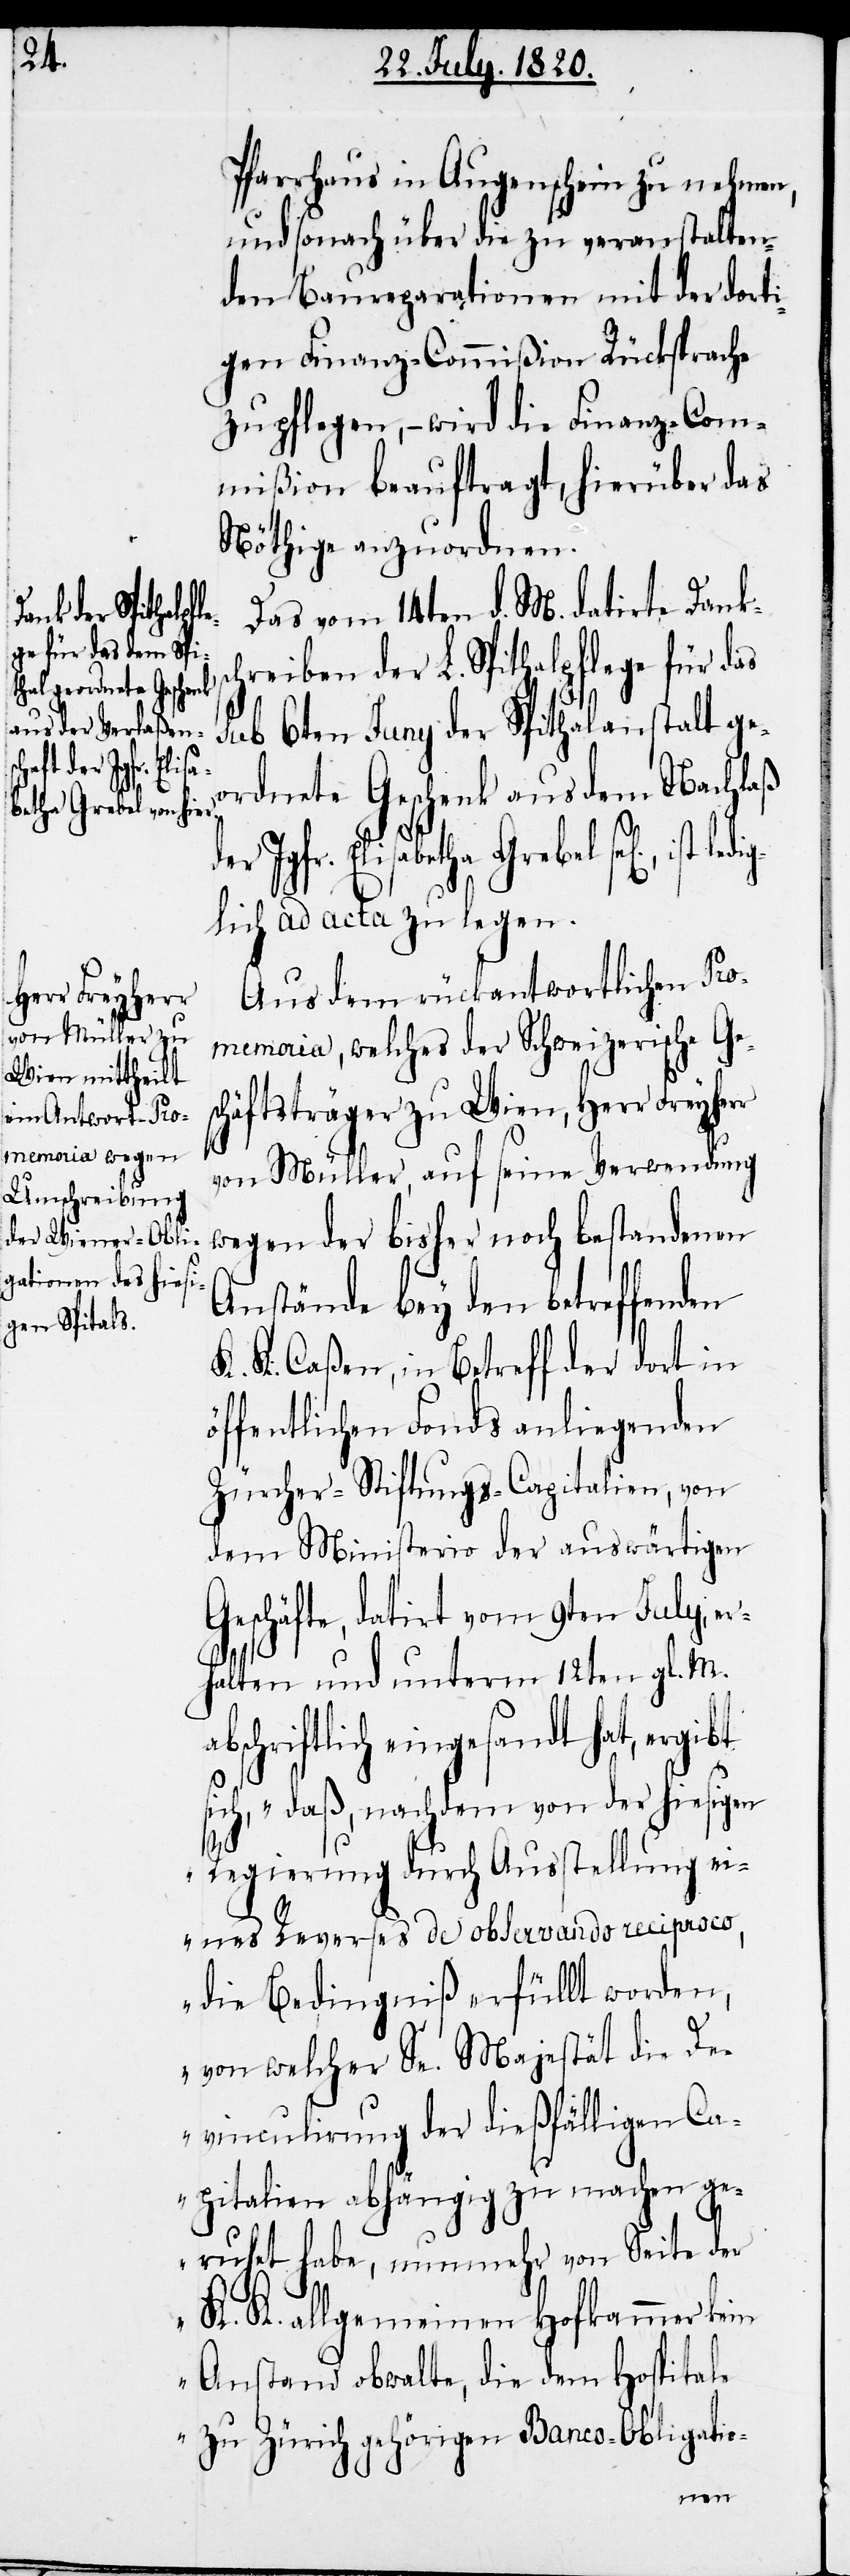
gen]., ist ledig¬

Pfarrhaus in Augenschein zu nehmen,
und sonach über die zu veranstalten¬
den Baureparationen mit der dorti¬
gen Finanz-Commißion Rücksprache
zu pflegen, – wird die Finanz-Com¬
mißion beauftragt, hierüber das
Nöthige anzuordnen.
Das vom 14ten d. M. datirte Danksc¬
hreiben der L. Spithalpflege für das
sub 6ten Juny der Spithalanstalt ge¬
ordnete Geschenk aus dem Nachlaß
der Jgfr. Elisabetha Grebel sel[i¬
lich ad acta zu legen.
Aus dem rückantwortlichen Pro¬
memoria, welches der Schweizerische Ge¬
häftsträger zu Wien, Herr Freyher¬
ab¬
von Müller, auf seine Verwendung
wegen der bisher noch bestandenen
Anstände bey den betreffenden
K. K. Caßen, in Betreff der dort in
öffentlichen Fonds anliegenden
Zürcher-Stiftungs-Capitalien, von
dem Ministerio der auswärtigen
Geschäfte, datirt vom 9ten July, er¬
halten und unterm 12ten gl. M.
schriftlich eingesandt hat, ergibt
sich, „daß, nachdem von der hiesigen
Regierung durch Ausstellung ei¬
nes Reverses de observando reciproco,
die Bedingniß erfüllt worden,
von welcher Se. Majestät die De¬
vinculirung der dießfälligen Ca¬
pitalien abhängig zu machen ge¬
ruhet habe, nunmehr von Seite der
K. allgemeinen Hofkammer kein
Anstand obwalte, die dem Hospitale
zu Zürich gehörigen Banco-Obligatio-